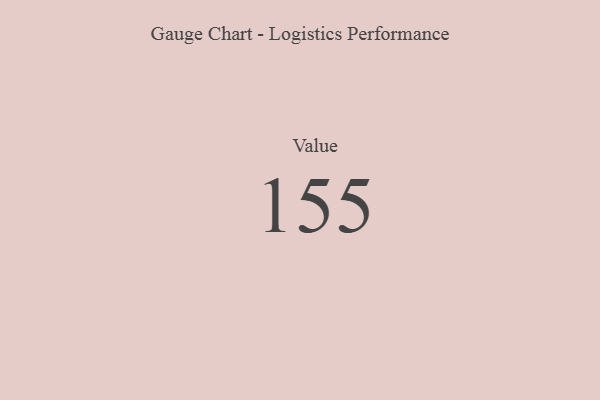
{"axis": {"x": "Metric", "y": "Value"}, "legend": [""], "data": [{"x": "Value", "y": 155, "type": ""}]}